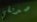
صديقي